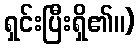
ရှင်းပြီးရှိ၏။)